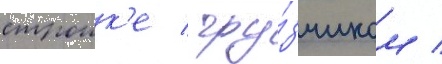
строик'е / гру́зчиком /